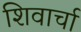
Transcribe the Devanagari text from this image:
शिवार्चा